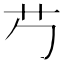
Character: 𬜠